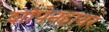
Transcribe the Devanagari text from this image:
शॉपेनहावर